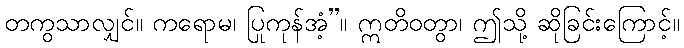
တကွသာလျှင်။ ကရောမ၊ ပြုကုန်အံ့”။ ဣတိဝတွာ၊ ဤသို့ ဆိုခြင်းကြောင့်။